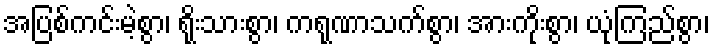
အပြစ်ကင်းမဲ့စွာ၊ ရိုးသားစွာ၊ ကရုဏာသက်စွာ၊ အားကိုးစွာ၊ ယုံကြည်စွာ၊